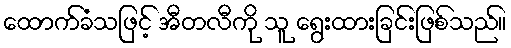
ထောက်ခံသဖြင့် အီတလီကို သူ ရွေးထားခြင်းဖြစ်သည်။